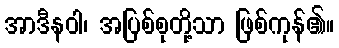
အာဒီနဝါ၊ အပြစ်စုတို့သာ ဖြစ်ကုန်၏။